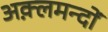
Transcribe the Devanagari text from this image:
अक़्लमन्दों